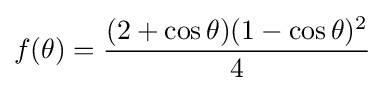
f(\theta )={\frac {(2+\cos \theta )(1-\cos \theta )^{2}}{4}}